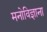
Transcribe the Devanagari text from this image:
मनोविज्ञाना